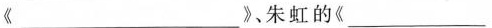
《____》朱虹的《_》